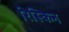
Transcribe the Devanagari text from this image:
रिस्किन